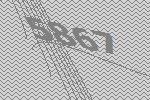
5867